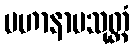
မဟာနာမသုတ္တံ